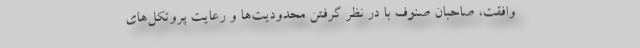
وافقت، صاحبان صنوف با در نظر گرفتن محدودیت‌ها و رعایت پروتکل‌های